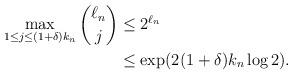
LaTeX: \begin{align*}\max_{ 1 \leq j \leq (1+\delta) k_n} \binom{\ell_n}{j} &\leq 2^{\ell_n} \\&\leq \exp(2 (1+\delta) k_n \log 2).\end{align*}